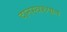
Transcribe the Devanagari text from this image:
दानस्वरुपात